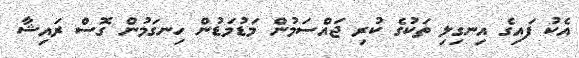
އެކު ފައިގެ އިނގިލި ތަކުގެ ކުރި ޖައްސަމުން މަޑުމަޑުން ހިނގަމުން ގޮސް ރައިޝާ